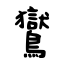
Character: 鸑